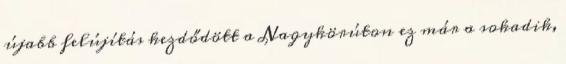
újabb felújítás kezdődött a Nagykörúton ez már a sokadik,